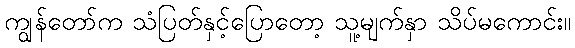
ကျွန်တော်က သံပြတ်နှင့်ပြောတော့ သူ့မျက်နှာ သိပ်မကောင်း။